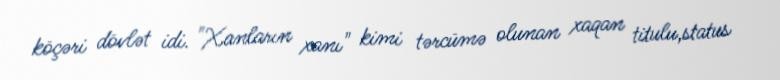
köçəri dövlət idi. "Xanların xanı" kimi tərcümə olunan xaqan titulu,status